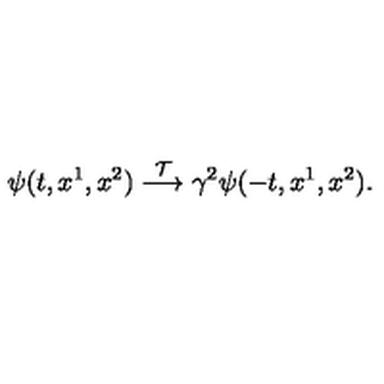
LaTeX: \psi ( t , x ^ { 1 } , x ^ { 2 } ) \stackrel { { \cal T } } { \longrightarrow } \gamma ^ { 2 } \psi ( - t , x ^ { 1 } , x ^ { 2 } ) .